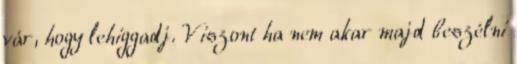
vár, hogy lehiggadj. Viszont ha nem akar majd beszélni